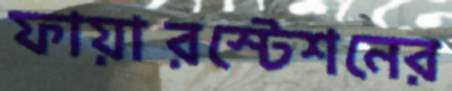
ফায়ারস্টেশনের